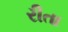
રીતા